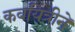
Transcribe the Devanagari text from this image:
कवयित्रीने